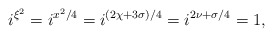
\begin{align*}i^{\xi^2}=i^{x^2/4}=i^{(2\chi+3\sigma)/4}=i^{2\nu+\sigma/4}=1, \end{align*}